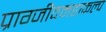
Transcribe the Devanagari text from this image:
प्राग्जीवमहाकल्प